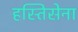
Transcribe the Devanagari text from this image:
हस्तिसेना